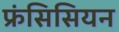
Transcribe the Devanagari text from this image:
फ्रंसिसियन